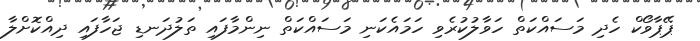
ޕޭޕާވޯކް ހެދި މަސައްކަތް ހަވާލުކުރެވި ހަމައެކަނި މަސައްކަތް ނިންމާފައި ތަލުދަނޑި ޖަހާފައި ދިއްކޮށްލާ